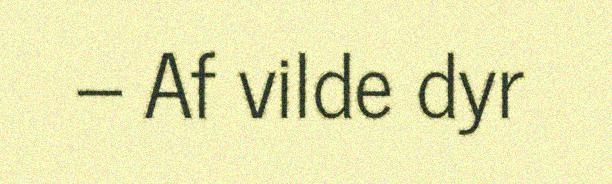
– Af vilde dyr